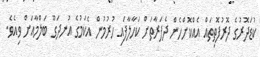
ކުޑަދޮރުގެ ދޮރުފޮތިތައް އެއްކޮށްހެން ދެފަރާތަށް ކަހާލާފައި ހުރުމުން އެކަމުގެ އުނދަގޫ ބަލްމާއަށް ވިއެވެ.